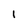
Character: 1